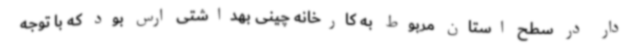
دار در سطح استان مربوط به کارخانه چینی بهداشتی ارس بود که با توجه